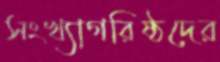
সংখ্যাগরিষ্ঠদের